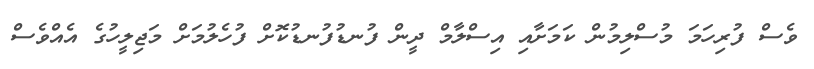
ވެސް ފުރިހަމަ މުސްލިމުން ކަމަށާއި އިސްލާމް ދީން ފުނޑުފުނޑުކޮށް ފުހެލުމަށް މަޖިލީހުގެ އެއްވެސް